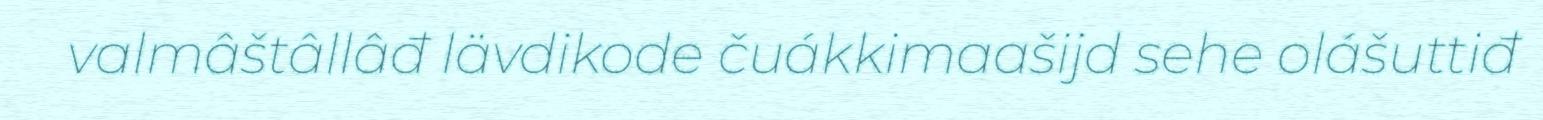
valmâštâllâđ lävdikode čuákkimaašijd sehe olášuttiđ